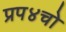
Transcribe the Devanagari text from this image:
प्रप४चो